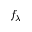
f _ { \lambda }